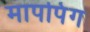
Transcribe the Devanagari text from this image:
मापपिंग